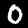
Label: 0